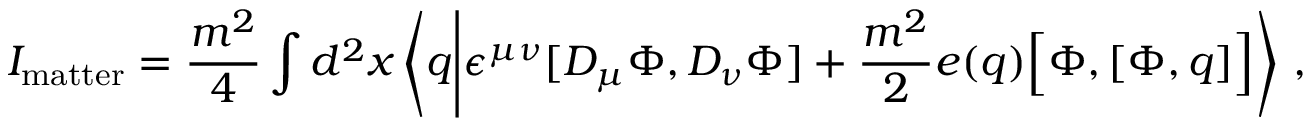
I _ { \mathrm { m a t t e r } } = \frac { m ^ { 2 } } { 4 } \int d ^ { 2 } x \left\langle q \Biggl | \epsilon ^ { \mu \nu } [ D _ { \mu } \Phi , D _ { \nu } \Phi ] + \frac { m ^ { 2 } } { 2 } e ( q ) \Bigl [ \Phi , [ \Phi , q ] \Bigr ] \right\rangle \, ,